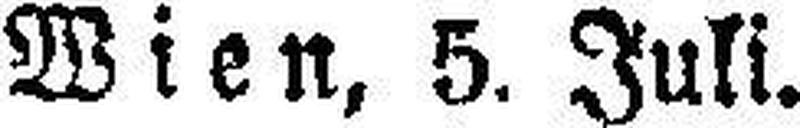
Wien, 5. Juli.